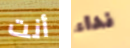
أنت نداء